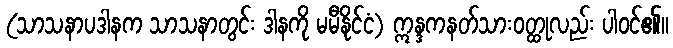
(သာသနာပဒါနက သာသနာတွင်း ဒါနကို မမီနိုင်ငံ) ဣန္ဒကနတ်သားဝတ္ထုလည်း ပါဝင်၏။